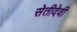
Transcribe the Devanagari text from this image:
सेतीदेवी